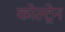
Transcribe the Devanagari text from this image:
कोल्ट्रेन